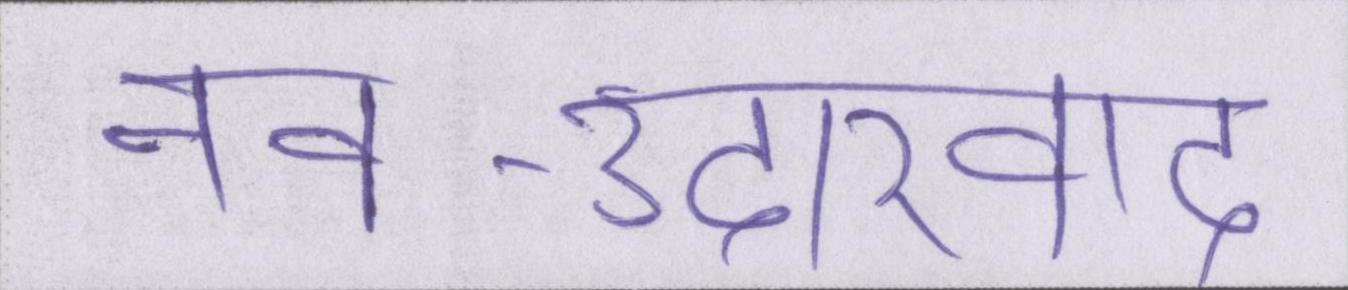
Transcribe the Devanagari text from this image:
नव-उदारवाद